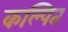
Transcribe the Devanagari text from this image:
कल्‍पित